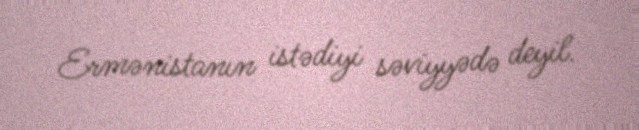
Ermənistanın istədiyi səviyyədə deyil.